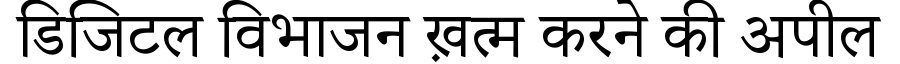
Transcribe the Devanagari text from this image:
डिजिटल विभाजन ख़त्म करने की अपील